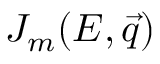
J _ { m } ( E , \vec { q } )